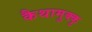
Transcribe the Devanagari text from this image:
कैथामुक्कु